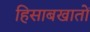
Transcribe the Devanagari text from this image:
हिसाबखातों